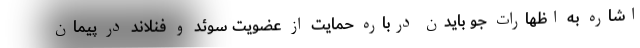
اشاره به اظهارات جو بایدن درباره حمایت از عضویت سوئد و فنلاند در پیمان